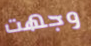
وجهت